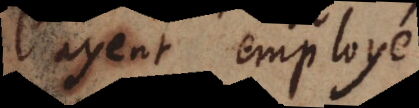
l’ayent employé